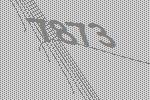
7873